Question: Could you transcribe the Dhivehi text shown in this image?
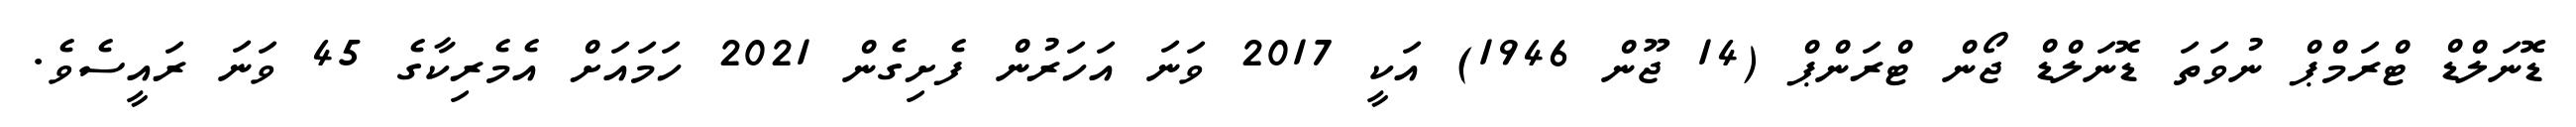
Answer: ޑޮނަލްޑް ޓްރަމްޕް ނުވަތަ ޑޮނަލްޑް ޖޯން ޓްރަންޕް (14 ޖޫން 1946) އަކީ 2017 ވަނަ އަހަރުން ފެށިގެން 2021 ހަމައަށް އެމެރިކާގެ 45 ވަނަ ރައީސެވެ.